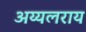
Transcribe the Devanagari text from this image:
अय्यलराय